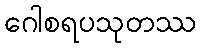
ဂေါစရပသုတဿ